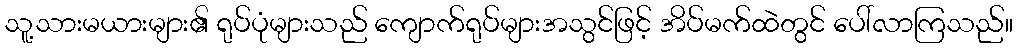
သူ့သားမယားများ၏ ရုပ်ပုံများသည် ကျောက်ရုပ်များအသွင်ဖြင့် အိပ်မက်ထဲတွင် ပေါ်လာကြသည်။